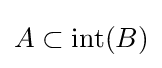
A\subset {\mbox{int}}(B)